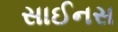
સાઈનસ